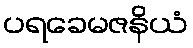
ပရခေမဇနိယံ